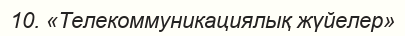
10. «Телекоммуникациялық жүйелер»